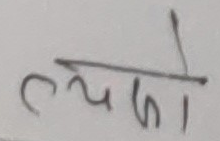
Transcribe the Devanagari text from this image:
व्यो